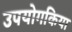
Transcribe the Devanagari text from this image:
उपयोगकिया